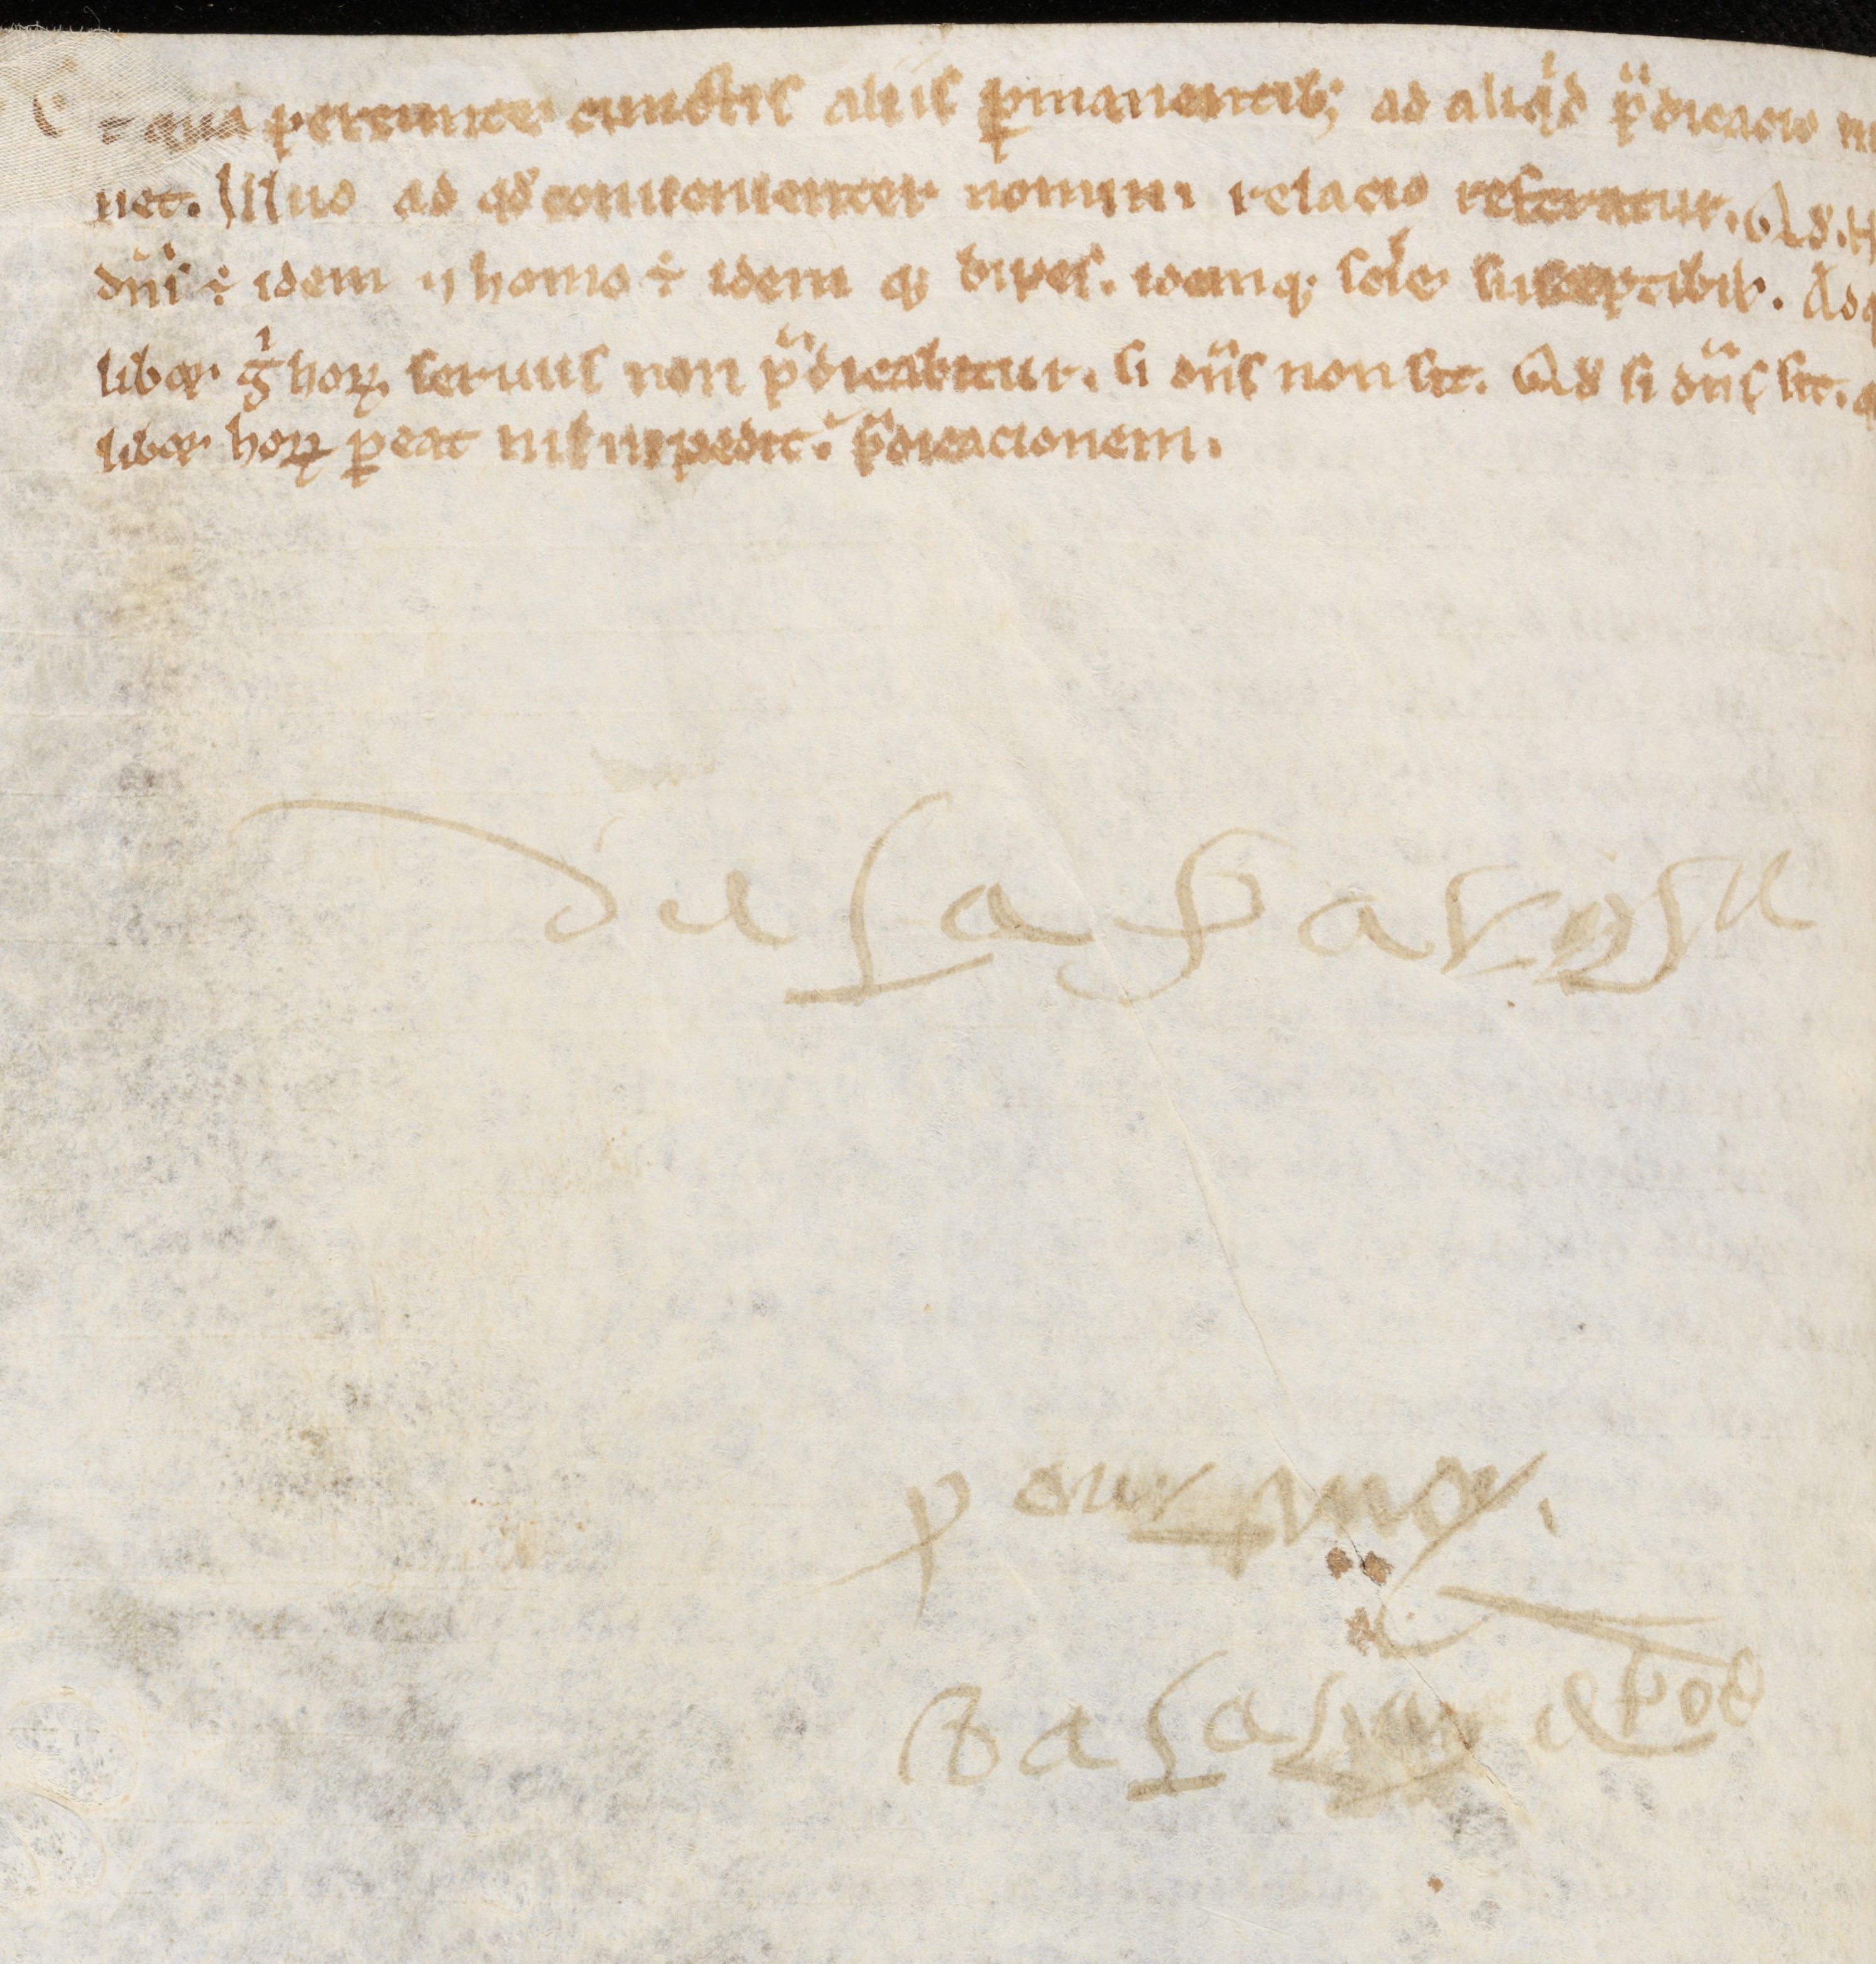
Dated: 1000–1199